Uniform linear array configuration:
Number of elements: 32
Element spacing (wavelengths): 1
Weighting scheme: blackman
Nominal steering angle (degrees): -60
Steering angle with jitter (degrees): -59.684
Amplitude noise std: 0.05
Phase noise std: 0.05

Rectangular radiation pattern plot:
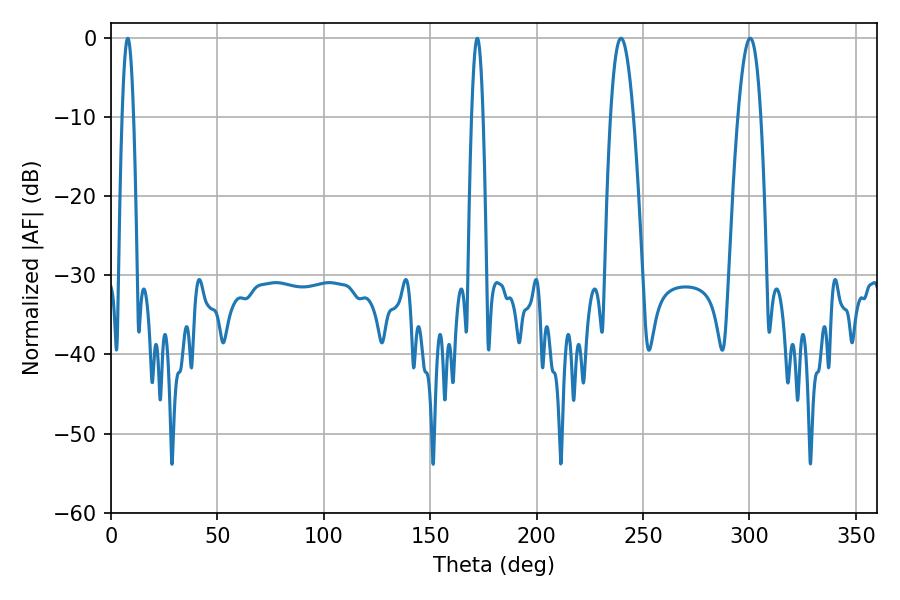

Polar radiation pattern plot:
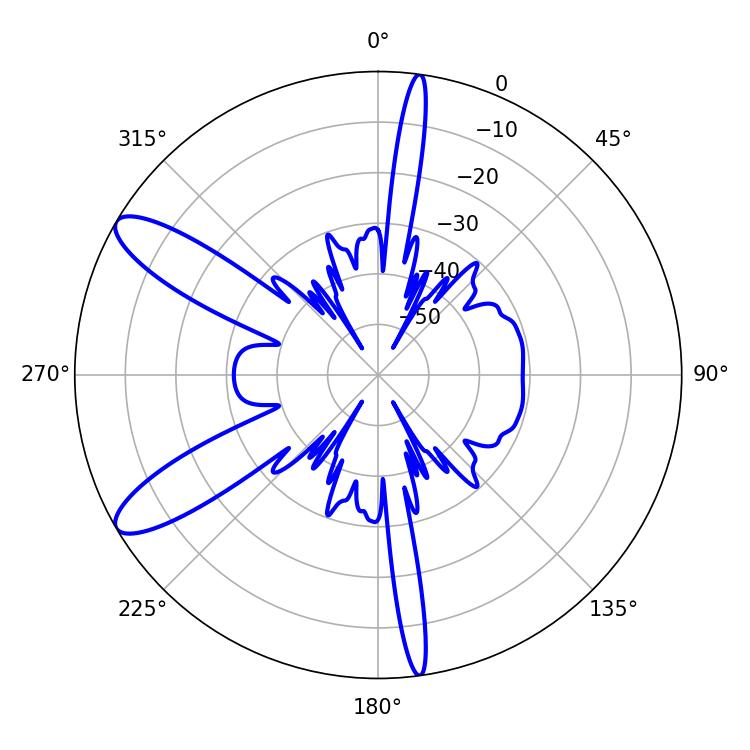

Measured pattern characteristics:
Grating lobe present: TRUE
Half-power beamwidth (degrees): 5.76
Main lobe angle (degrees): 239.58